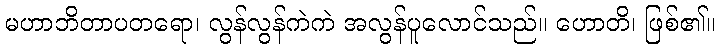
မဟာဘိတာပတရော၊ လွန်လွန်ကဲကဲ အလွန်ပူလောင်သည်။ ဟောတိ၊ ဖြစ်၏။